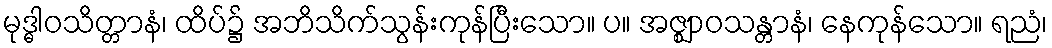
မုဒ္ဓါဝသိတ္တာနံ၊ ထိပ်၌ အဘိသိက်သွန်းကုန်ပြီးသော။ ပ။ အဇ္ဈာဝသန္တာနံ၊ နေကုန်သော။ ရညံ၊